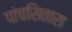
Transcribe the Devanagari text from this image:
पांचसितारा